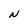
Character: N